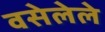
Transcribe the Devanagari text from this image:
वसेलेले